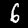
Digit: 6